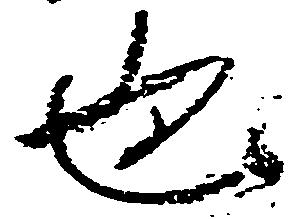
也